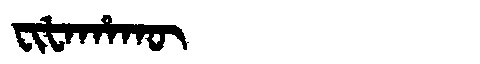
Manchu: ᠸᡳᡶᠠᡥᠠᡴᡡ
Romanization: FIFAHAKŪ